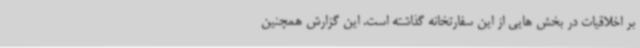
بر اخلاقیات در بخش هایی از این سفارتخانه گذاشته است. این گزارش همچنین